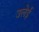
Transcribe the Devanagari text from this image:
उलेई